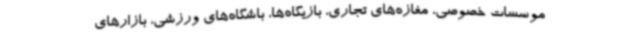
موسسات خصوصی، مغازه‌های تجاری، بازیگاه‌ها، باشگاه‌های ورزشی، بازارهای